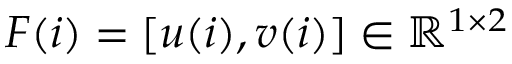
F ( i ) = [ u ( i ) , v ( i ) ] \in \mathbb { R } ^ { 1 \times 2 }